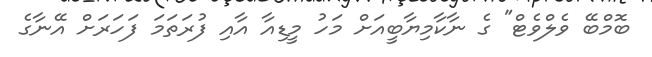
ބޮމްބޭ ވެލްވެޓް" ގެ ނާކާމިޔާބީއަށް މަހު މީޑިއާ އާއި ފުރަތަމަ ފަހަރަށް އޭނާގެ